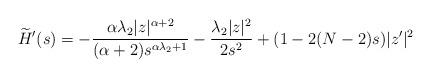
LaTeX: \begin{align*} \widetilde{H} '(s)=-\frac {\alpha \lambda _2 |z|^{\alpha +2}} {(\alpha +2)s^{\alpha \lambda _2 +1}} - \frac {\lambda _2 |z|^2} {2s^2}+(1 - 2 (N - 2 ) s ) | z ' | ^ 2\end{align*}